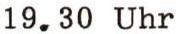
19.30 Uhr